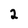
Character: 2